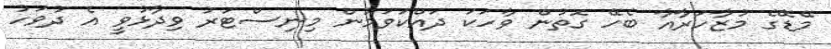
މޭޑޭގެ މުޒާހަރާއާ ބެހޭ ގޮތުން ވާހަކަ ދައްކަވަމުން މިނިސްޓަރު ވިދާޅުވީ އެ ދުވަހު